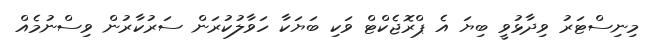
މިނިސްޓަރު ވިދާޅުވީ ބިޔަ އެ ޕްރޮޖެކްޓް ވަކި ބަޔަކާ ހަވާލުކުރަން ސަރުކާރުން ވިސްނުމެއް